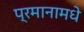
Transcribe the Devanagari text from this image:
प्रमानामधे